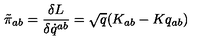
\tilde { \pi } _ { a b } = { \frac { \delta L } { \delta \dot { q } ^ { a b } } } = \sqrt { q } ( K _ { a b } - K q _ { a b } )